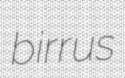
birrus